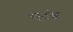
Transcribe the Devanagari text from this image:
एटंस